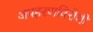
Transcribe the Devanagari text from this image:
अपहरणविरोधी